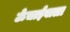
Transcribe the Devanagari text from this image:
ऊँचाईवाला